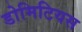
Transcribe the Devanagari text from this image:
डोमिटियस